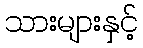
သားများနှင့်